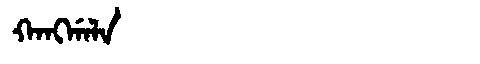
Manchu: ᡴᠠᠩᡤᠠᠯᠠ
Romanization: KANGGALA